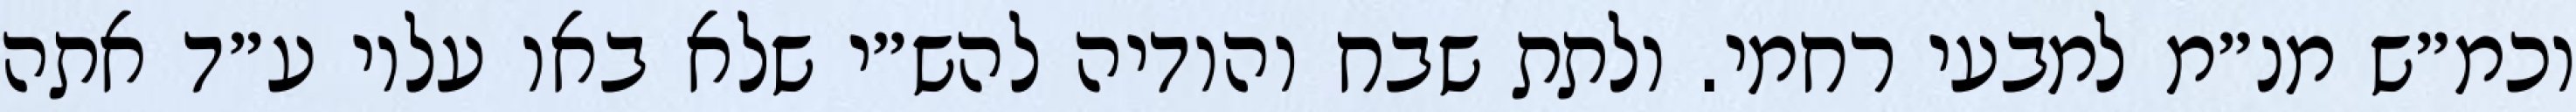
וכמ״ש מנ״מ למבעי רחמי. ולתת שבח והודיה להש״י שלא באו עליו ע״ד אתה